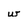
Character: w